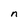
Character: n